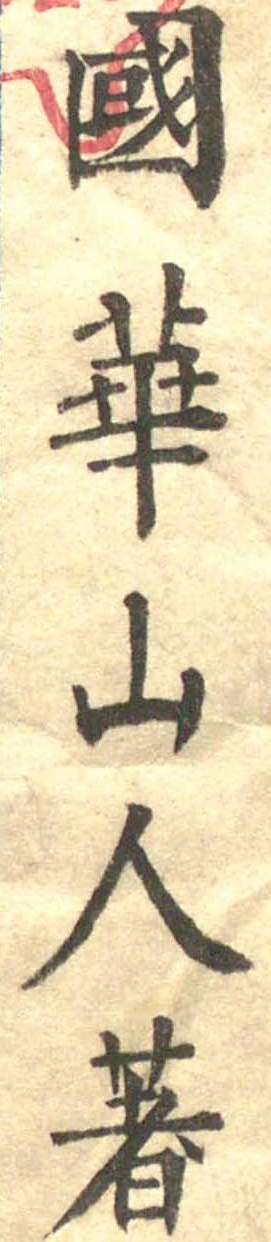
国華山人著